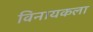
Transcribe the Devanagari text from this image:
विनायकला